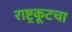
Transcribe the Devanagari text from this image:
राष्ट्रकूटचा